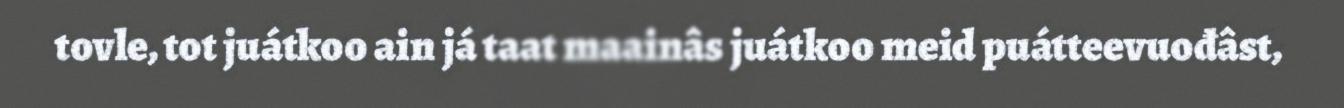
tovle, tot juátkoo ain já taat maainâs juátkoo meid puátteevuođâst,